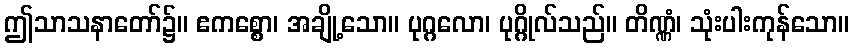
ဤသာသနာတော်၌။ ဧကစ္စော၊ အချို့သော။ ပုဂ္ဂလော၊ ပုဂ္ဂိုလ်သည်။ တိဏ္ဏံ၊ သုံးပါးကုန်သော။